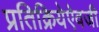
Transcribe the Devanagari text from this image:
प्रतिक्रियेऐवजी